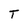
Character: T